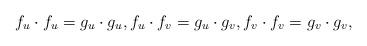
LaTeX: \begin{align*} f_u\cdot f_u=g_u\cdot g_u, f_u\cdot f_v=g_u\cdot g_v, f_v\cdot f_v=g_v\cdot g_v, \end{align*}